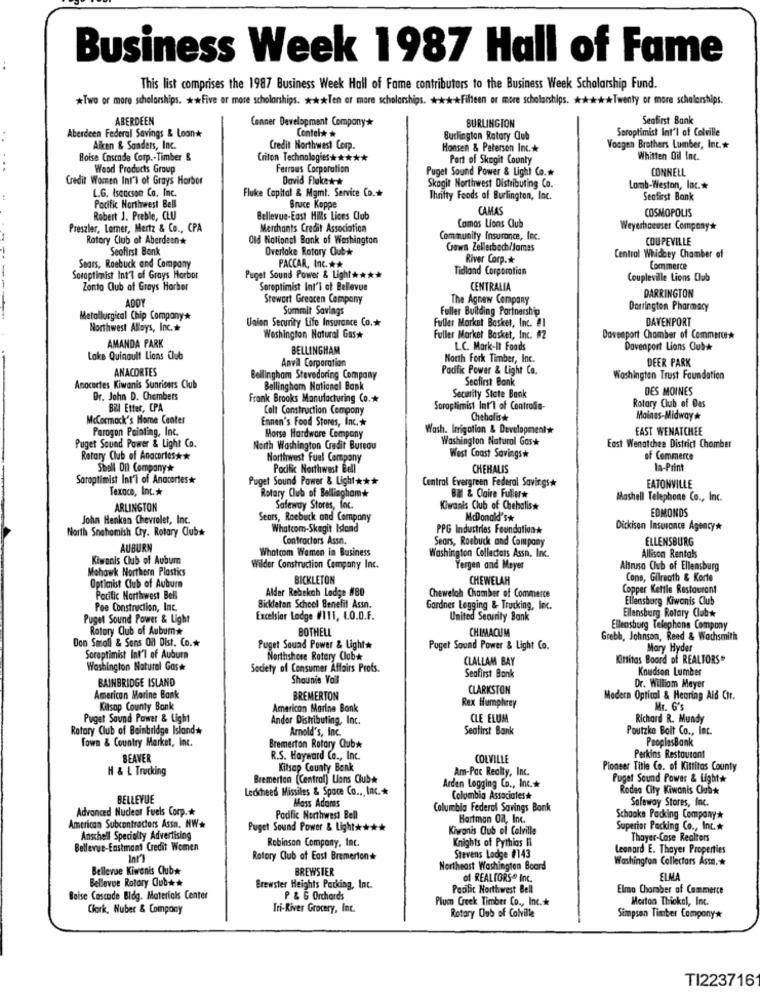
Business Week 1987 Hall of Fame
This list comprises the 1987 Business Week Hall of Fame contributors to the Business Week Scholarship Fund.
*Two or more scholarships. ** Five or more scholarships. *** Ten or more scholarships. ***-* Fifteen or more scholarships. ***** Twenty or more scholarships.
ABERDEEN
Canner Development Company*
Seafirst Bank
Contel* *
BURLINGTON
Soroptimist Int'l of Colville
Aberdeen Federal Savings & Loan*
Burlington Rotary Club
Allen & Sanders, Inc.
Credit Northwest Corp.
Honsen & Peterson Inc .*
Voogen Brothers Lumber, Inc. *
Boise Cascade Corp .- Timber &
Criton Technologies ******
Port of Skogit County
Whitten Oil Inc.
Wood Products Group
Ferrous Corporation
Puget Sound Power & Light Co.#
CONNELL
Credit Women Int'l of Grays Harbor
David Fluke+- +
L.G. Isaacson Co. Inc.
Fluke Capital & Mgmt. Service (D.+
Skagit Northwest Distributing Co.
Lomb-Weston, Inc.
Thrifty Foods of Burlington, Inc.
Seofirst Bank
Pacific Northwest Bell
Bruce Koppe
CAMAS
COSMOPOLIS
Robert J. Preble, CLU
Bellevue-East Hills Lices Club
Preszier, Lomer, Mertz & Co ., CPA
Merchants Credit Association
Camas Lions Club
Weyerhaeuser Company*
Rotary Club of Aberdeen*
Old National Bank of Washington
Com munity Insurance, Inc.
COUPEVILLE
Seofirst Bank
Overlake Rotary Oubw
Crown Zellerboch/James
River Corp.
Central Whidbey Chamber of
Sears, Roebuck and Company
PACCAR, Inc .**
Tidland Corporation
Commerce
Soroptimist Int'l of Grays Herbor
Puget Sound Power & Light ****
Coupleville Lions Club
Zonto Club of Grays Harbor
Soroptimist Int'l of Bellevue
CENTRALIA
DARRINGTON
ADOY
Stewart Greaten Company
The Agnew Company
Summit Savings
Fuller Building Partnership
Darrington Pharmacy
Metallurgical Chip Company*
Union Security Life Insurance Co .*
DAVENPORT
Northwest Alloys, Inc .*
Fulles Market Basket, Inc. #1
Washington Natural Gas*
Fuller Market Basket, Inc. #2
Davenport Chamber of Commerce*
AMANDA PARK
BELLINGHAM
L.C. Mark-It Foods
Davenport Lions Club*
Lake Quinault Lions Club
Anvil Corporation
North Fork Timber, Inc.
DEER PARK
ANACORTES
Pacific Power & Light Co.
Bellingham Stevedoring Company
Seofirst Bank
Washington Trust Foundation
Anacactes Kiwanis Sunrisers Club
Bellingham National Bank
DES MOINES
Dr. John D. Chambers
Frank Brooks Manufacturing Co.
Secinity Siete Bank
Bill Etter, CPA
Colt Construction Compony
Soroptimist Int'l of Controfie-
Rotary Club of Des
McCormack's Home Center
Ennen's Food Stores, Inc .*
Cheholisk
Moines-Midway *
Perogon Painting, Inc.
Wash. Irrigation & Development
EAST WENATCHEE
Morse Hardware Company
Washington Natural Gas*
Puget Sound Power & Light Co.
North Washington Credit Bureau
East Wenatchee District Chomber
Rotary Club of Anacortes **
Northwest Fuel Company
West Coast Savingsw
of Commerce
Shell Oil Company*
Podfic Northwest Bell
CHEHALIS
la-Print
Soroptimist Int'l of Anacortes*
Puget Sound Power & Light ****
Central Evergreen Federal Savings*
Texaco, Inc .*
EATONVILLE
Rotary Club of Bellingham*
BM & Ogire Fuller*
Mashell Telephone Co ., Inc.
ARLINGTON
Safeway Stores, foc.
Kiwanis Club of Chehalis*
EDMONDS
John Henken Chevrolet, Inc.
Sears, Roebuck and Company
McDonald's*
North Snohomish Cry. Rotary Clubs
Whatcom-Skagit Island
PPG Industries Foundation *
Dickison Insurance Agency*
Contractors Assn.
ELLENSBURG
AUBURN
Whatcom Women in Business
Washington Collectors Assn. Inc.
Sears, Roebuck and Company
Kiwanis Club of Auburn
Allison Rentals
Mohawk Northern Plastics
Wilder Construction Company Inc.
Yergen and Meyer
Altruso Club of Ellensburg
BICKLETON
CHEWELAH
Cone, Gilreath & Korte
Optimist Club of Auburn
Alder Rebekah Lodge #80
Copper Kettle Restaurant
Pocitic Northwest Bell
Cheweloh Chamber of Commerce
Ellensburg Kiwanis Club
Poe Construction, Inc.
Bickleton School Benefit Assn.
Gardner Logging & Trucking, Inc.
Ellensburg Rotary Club*
Puget Sound Power & Light
Excelsior Lodge #/111, 1.O.D.F.
United Security Bank
Rotary Club of Aubum*
BOTHELL
CHIMACUM
Ellensburg Telephone Company
Don Small & Sons Oil Dist. Co.w
Grebb. Johnson, Reed & Wochsmith
Puget Sound Power & Light*
Puget Sound Power & Light Co.
Mary Hyder
Soroptimist Int'l of Auburn
Northshore Rotary Club*
CLALLAM BAY
(Gittitas Boord of REALTORS"
Washington Natural Gas*
Society of Consumer Affairs Profs.
Knudson Lumber
BAINBRIDGE ISLAND
Shaunie Vail
Seofirst Bank
CLARKSTON
Dr. William Meyer
American Morine Bank
BREMERTON
Modern Opticol & Hearing Aid Ctr.
Kitsap County Bank
American Marine Bank
Rex Humphrey
Mr. G's
Puget Sound Power & Light
Andor Distributing, Inc.
CLE ELUM
Richard R. Mundy
Rotary Club of Bainbridge Island*
Arnold's, Inc.
Seafirst Bank
Poutzke Boit Co ., Inc.
Town & Country Market, Inc.
PeoplesBank
Bremerton Rotary Club*
BEAVER
R.S. Hayward Co ., Inc.
COLVILLE
Perkins Restaurant
H & L Trucking
Kitsap County Benk
Pioneer Title Co. of Kittitos County
Bremerton (Central) Lions Club*
Am-Pac Realty, Inc.
Puget Sound Power & Light*
Ledcheed Missiles & Spoce Co ., Inc. *
Arden Logging Co ., Inc.
Rodea City Kiwanis Club*
BELLEVUE
Mass Adams
Colombia Associates#
Safeway Stores, Inc.
Columbia Federal Savings Bank
Advanced Nuclear Fuels Corp.
Podfic Northwest Bell
Hartman On, Inc.
Schaake Packing Company*
American Subcontractors Assa. NW+
Puget Sound Power & Light ****
Kiwanis Club of Colville
Superior Packing Co ., Inc .*
Anschell Specialty Advertising
Robinson Company, Inc.
Knights of Pythios Il
Thayer-Case Realtors
Bellevue-Eastmont Credit Women
Leonard E. Thayer Properties
Rotary Club of East Bremerton#
Stevens Lodge #143
Washington Collectors Assa.
Bellevue Kiwanis Club*
BREWSTER
Northeast Washington Board
Bellevue Rotary Club **
of REALTORS Inc.
ELMA
Brewster Heights Pecking, Inc.
Pacific Northwest Bell
Elmo Chamber of Commerce
Boise Cascode Bldg. Materials Center
P & G Orchards
Plum Greek Timber Co ., Inc .*
Mortoo Thiokol, Inc.
Clork, Nuber & Company
Tri-River Grocery, Inc.
Rotary Club of Colville
Simpson Timber Company*
TI223716